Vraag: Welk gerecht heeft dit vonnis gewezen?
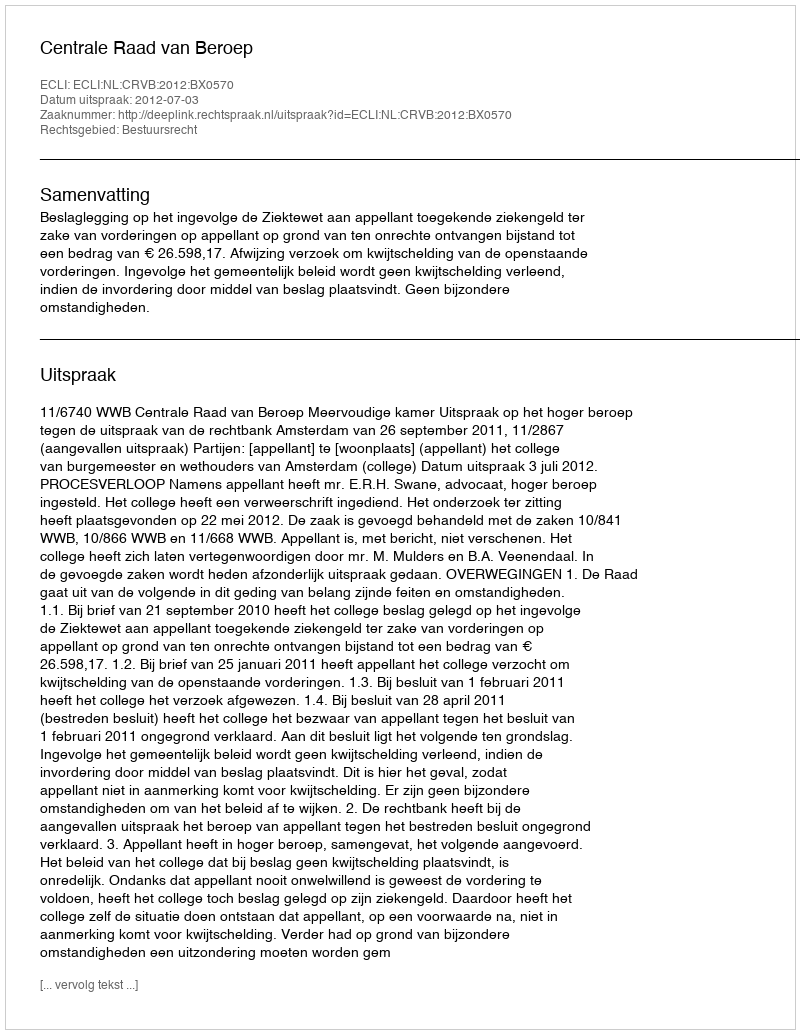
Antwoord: Centrale Raad van Beroep